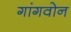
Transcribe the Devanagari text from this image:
गांगवोन